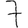
Digit: 7